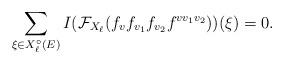
LaTeX: \begin{align*} \sum_{\xi\in X_\ell^\circ(E)} I(\mathcal{F}_{X_\ell}(f_{v}f_{v_1}f_{v_2}f^{vv_1v_2}))(\xi)=0. \end{align*}